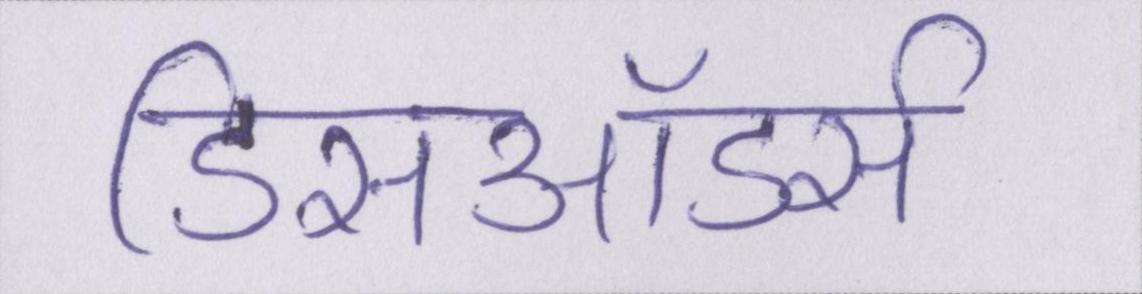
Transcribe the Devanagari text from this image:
डिसऑडर्स